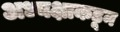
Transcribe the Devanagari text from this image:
अध्यक्षाकडून